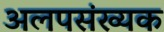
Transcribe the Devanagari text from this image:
अलपसंख्यक